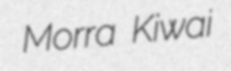
Morra Kiwai